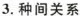
3. 种间关系